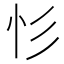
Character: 𢒆